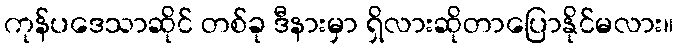
ကုန်ပဒေသာဆိုင် တစ်ခု ဒီနားမှာ ရှိလားဆိုတာပြောနိုင်မလား။